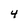
Character: 4